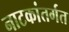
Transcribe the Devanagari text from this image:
नाटकांतर्गत